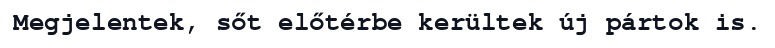
Megjelentek, sőt előtérbe kerültek új pártok is.